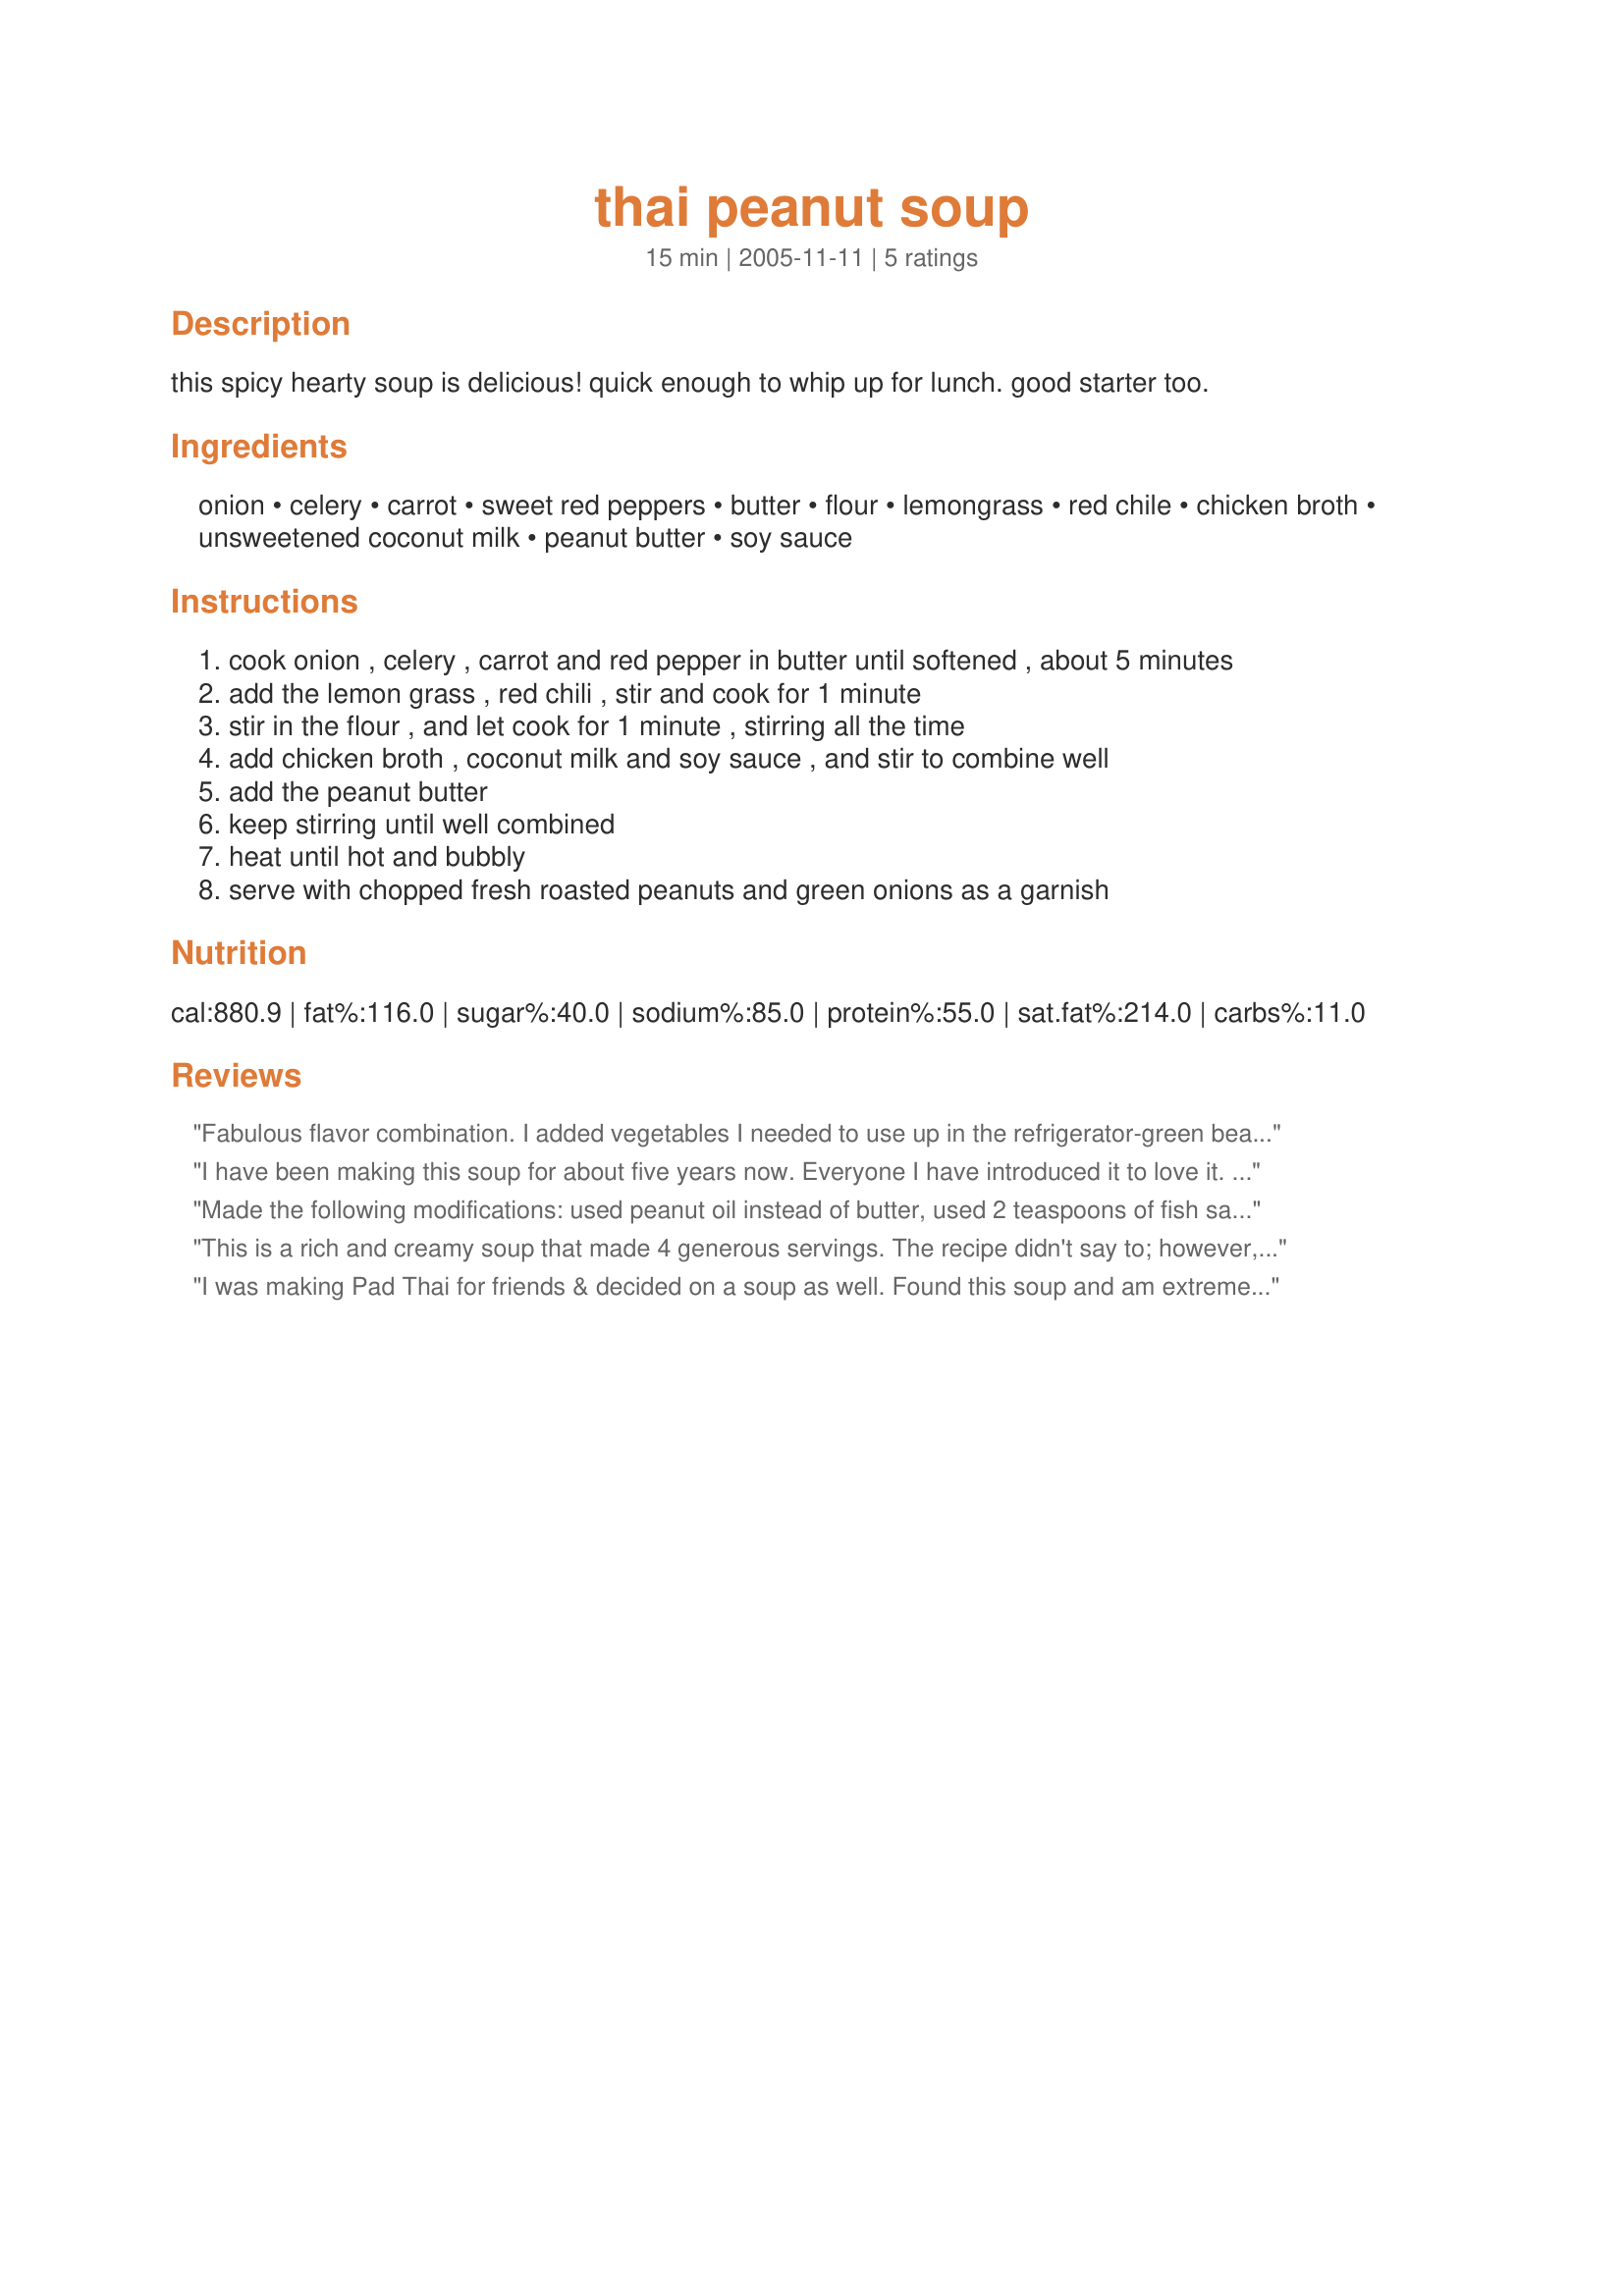
thai peanut soup
Preparation time: 15 minutes

this spicy hearty soup is delicious! quick enough to whip up for lunch. good starter too.

Ingredients:
onion, celery, carrot, sweet red peppers, butter, flour, lemongrass, red chile, chicken broth, unsweetened coconut milk, peanut butter, soy sauce

Steps:
cook onion , celery , carrot and red pepper in butter until softened , about 5 minutes
add the lemon grass , red chili , stir and cook for 1 minute
stir in the flour , and let cook for 1 minute , stirring all the time
add chicken broth , coconut milk and soy sauce , and stir to combine well
add the peanut butter
keep stirring until well combined
heat until hot and bubbly
serve with chopped fresh roasted peanuts and green onions as a garnish

Reviews:
Fabulous flavor combination. I added vegetables I needed to use up in the refrigerator-green beans and cauliflower as well as the carrots and onions. I also added chicken (which is how I got the broth). I substituted lemon zest as suggested by another reviewer as I didn't have lemon grass. This will be a keeper for sure as I love soups and they are easy to make ahead for several meals. Thank you for a great and easy recipe!
I have been making this soup for about five years now. Everyone I have introduced it to love it. I have made slight changes to it over the years to accommodate meat eaters..<br/>0. Omit carrots. You don't really need them in this. <br/>1. Lemon zest can substitute the lemongrass. <br/>2. I use red curry paste instead of chopped chilies, amazing I must say.<br/>3. Puree with a stick blender.<br/>4. Diced cooked chicken provides a more substantial meal, for a meat eater. <br/>5. Cilantro garnish. Need I say more?<br/><br/>Love it.
Made the following modifications: used peanut oil instead of butter, used 2 teaspoons of fish sauce instead of soy sauce, used Thai Red Curry Paste instead of red chilies, added the juice of 1 lime, fresh Thai Basil and Cilantro, added diced chicken and blended 1 cup of the veggies/broth in food processor before adding chicken. Delicious! Top bowl with crushed peanuts before serving.
This is a rich and creamy soup that made 4 generous servings. The recipe didn't say to; however, the soup was telling me to whirl it around in the blender a few times which I did. The peanut butter was homemade natural peanut butter and the soup was garnished with chopped peanuts and green onions as suggested.
I was making Pad Thai for friends & decided on a soup as well. Found this soup and am extremely happy that I did. This was an awesome blend of flavours & turned out to be a hit! I made just a few changes; doubled the recipe, skipped the red peppers, did not have lemongrass so substituted the zest & the juice of a lime, added a clove of garlic and a healthy chunk of ginger. Also took the advice of the review and pureed the soup in the end. It turned out beautifully & I will be making it again for sure. Thx for a great recipe :-)
